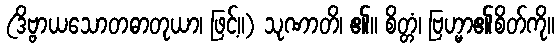
(ဒိဗ္ဗာယသောတဓာတုယာ၊ ဖြင့်။) သုဏာတိ၊ ၏။ စိတ္တံ၊ ဗြဟ္မာ၏စိတ်ကို။